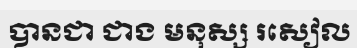
បានជា ជាង មនុស្ស រសៀល